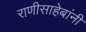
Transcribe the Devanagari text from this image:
राणीसाहेबांनी